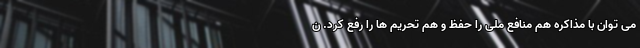
می توان با مذاکره هم منافع ملی را حفظ و هم تحریم ها را رفع کرد. ن